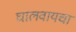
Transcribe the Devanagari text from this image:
घालवायचा